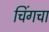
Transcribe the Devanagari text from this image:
चिंगचा